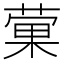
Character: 𫉂